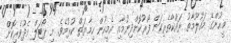
މީޙުންގެ މައުލޫމާތު ރައްކާތެރިކަން ފޯރުކޮށްދިނުމާއި އެމީހުން ހިމާޔަތް ކުރުމެވެ. މި ޕޯޓަލް މެދުވެރިކޮށް